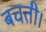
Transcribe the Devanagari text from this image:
बचती।